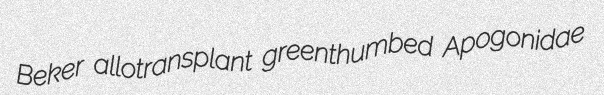
Beker allotransplant greenthumbed Apogonidae